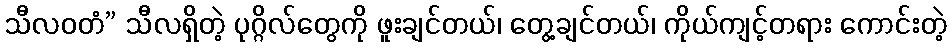
သီလဝတံ” သီလရှိတဲ့ ပုဂ္ဂိလ်တွေကို ဖူးချင်တယ်၊ တွေ့ချင်တယ်၊ ကိုယ်ကျင့်တရား ကောင်းတဲ့